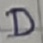
Text: D